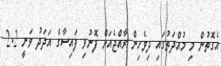
އެގޮތުން މި މުއްދަތުގައި ދިވެހިން ރާއްޖެއަަށް ފޮނުވި ފައިސާގެ އަދަދު ވަނީ 2.2